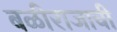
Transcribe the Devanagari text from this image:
बळीराजाची